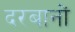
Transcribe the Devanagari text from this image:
दरबानों